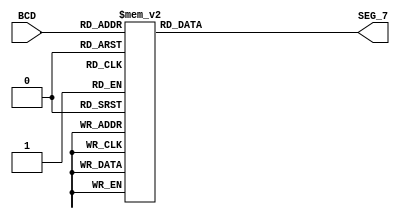
//-----------------------------------------------------------------------------
//University: OIT - CSET
//Class: CST 231
//Dependancies: None
//-----------------------------------------------------------------------------
//Takes a number in BCD and converts it to the proper format for a 7 seg
//display. If the number is outside the bounds of BCD (for example, 10) it will
//display nothing.
//-----------------------------------------------------------------------------
module BCD_7SEG
(
	input		[3:0]	BCD,
	output	reg	[6:0]	SEG_7
);
	always@(*)
	case(BCD)
		4'h0:SEG_7 = 0;//blarg
		4'h1:SEG_7 = 7'b1111110; //0
		4'h2:SEG_7 = 7'b0110111; //Help
		4'h3:SEG_7 = 7'b1001111; //Enter
		
		4'h4:SEG_7 = 7'b1110000; //7
		4'h5:SEG_7 = 7'b1111111; //8
		4'h6:SEG_7 = 7'b1111011; //9
		4'h7:SEG_7 = 7'b0000001; //-
		
		4'h8:SEG_7 = 7'b0110011; //4
		4'h9:SEG_7 = 7'b1011011; //5
		4'hA:SEG_7 = 7'b1011111;//6
		4'hB:SEG_7 = 7'b0001001;//Down'Arrow'
		
		4'hC:SEG_7 = 7'b0110000;//1
		4'hD:SEG_7 = 7'b1101101;//2
		4'hE:SEG_7 = 7'b1111001;//3
		4'hF:SEG_7 = 7'b1000001;//Up'Arrow'
		
		default: SEG_7 = 0; //whatever.
	endcase
endmodule